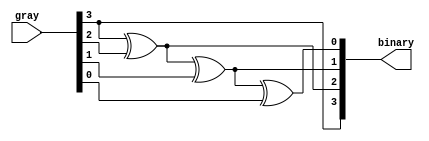
module gray_binary (
  input [3:0] gray, 
  output [3:0] binary   
);

genvar i;


  assign binary[3] = gray[3];

generate
  for (i = 2; i >= 0; i = i - 1) begin : gen_gray
    assign binary[i] = binary[i + 1] ^ gray[i];
  end
endgenerate

endmodule